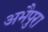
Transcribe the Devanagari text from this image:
अभैपुरा